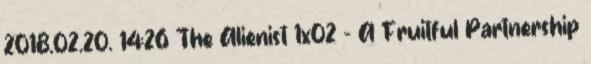
2018.02.20. 14:26 The Alienist 1x02 - A Fruitful Partnership